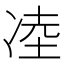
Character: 㓐